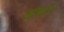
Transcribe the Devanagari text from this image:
आवत।